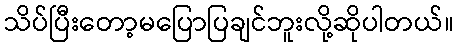
သိပ်ပြီးတော့မပြောပြချင်ဘူးလို့ဆိုပါတယ်။